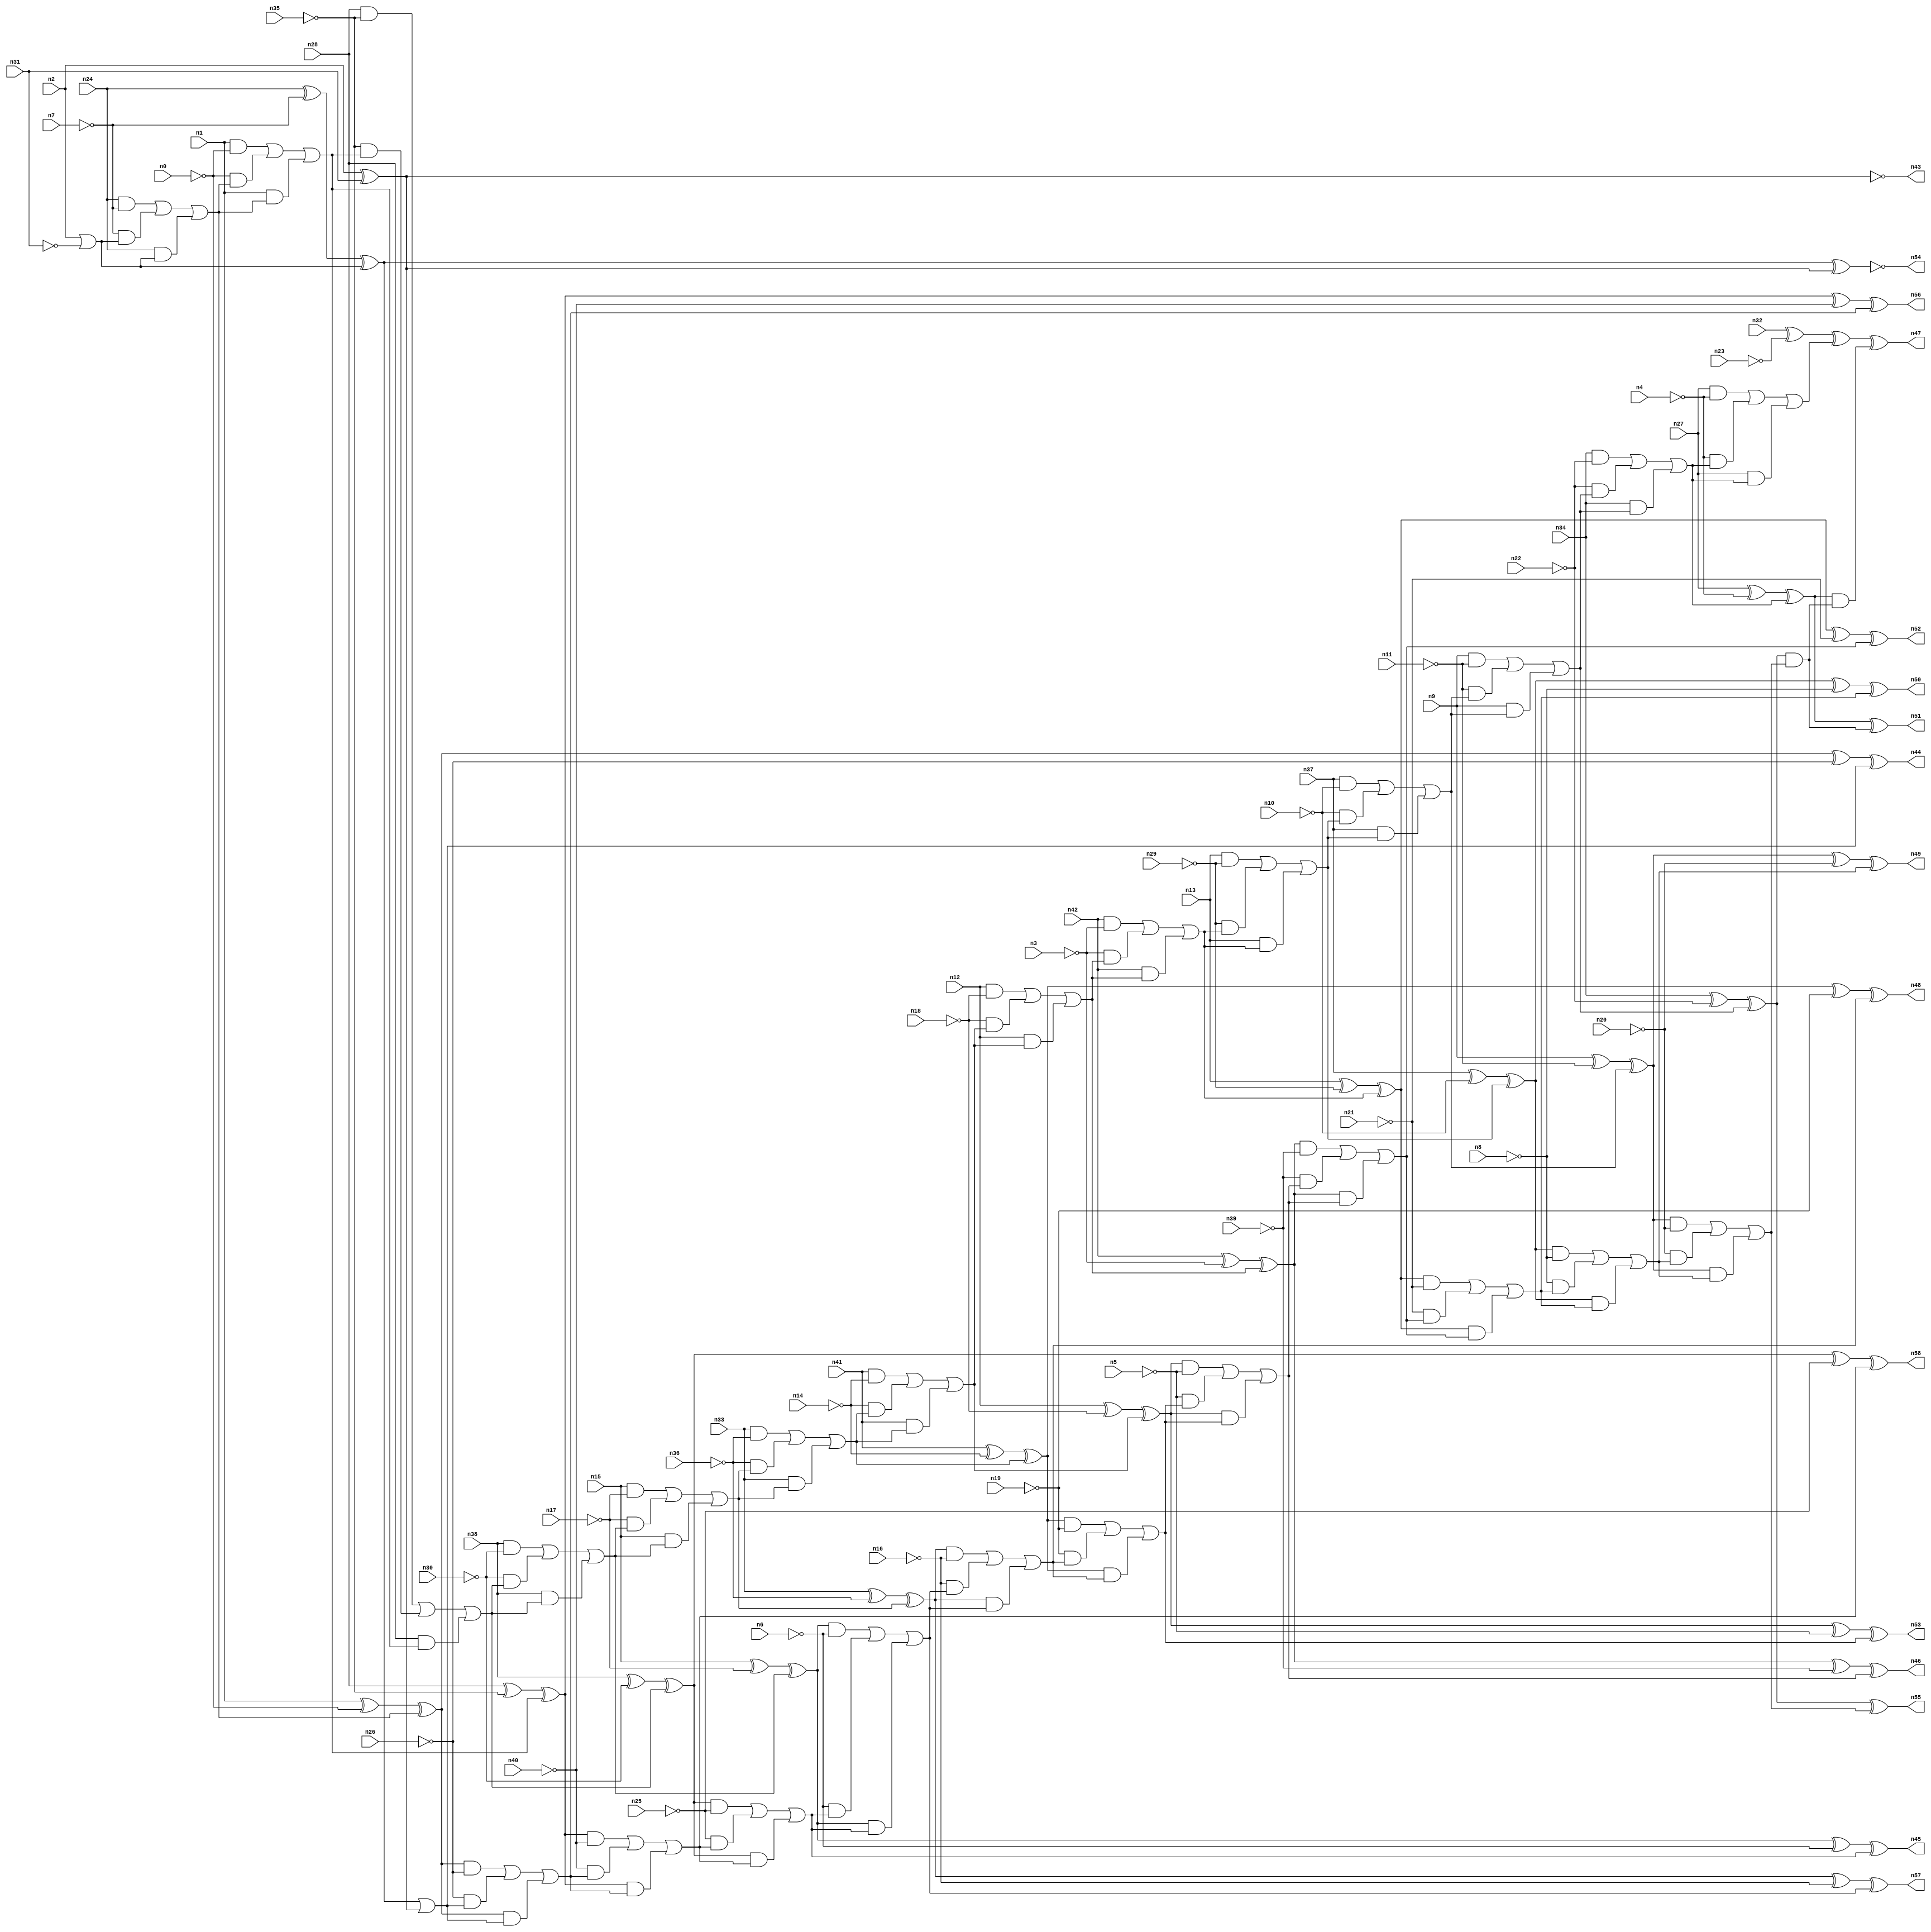
//
// Conformal-LEC Version 15.20-d227 ( 10-Mar-2016) ( 64 bit executable)
//
module top ( n0 , n1 , n2 , n3 , n4 , n5 , n6 , n7 , n8 , n9 , n10 , n11 , n12 , n13 , n14 , n15 , n16 , n17 , n18 , n19 , n20 , n21 , n22 , n23 , n24 , n25 , n26 , n27 , n28 , n29 , n30 , n31 , n32 , n33 , n34 , n35 , n36 , n37 , n38 , n39 , n40 , n41 , n42 , n43 , n44 , n45 , n46 , n47 , n48 , n49 , n50 , n51 , n52 , n53 , n54 , n55 , n56 , n57 , n58 );
input n0 , n1 , n2 , n3 , n4 , n5 , n6 , n7 , n8 , n9 , n10 , n11 , n12 , n13 , n14 , n15 , n16 , n17 , n18 , n19 , n20 , n21 , n22 , n23 , n24 , n25 , n26 , n27 , n28 , n29 , n30 , n31 , n32 , n33 , n34 , n35 , n36 , n37 , n38 , n39 , n40 , n41 , n42 ;
output n43 , n44 , n45 , n46 , n47 , n48 , n49 , n50 , n51 , n52 , n53 , n54 , n55 , n56 , n57 , n58 ;

wire n118 , n119 , n120 , n121 , n122 , n123 , n124 , n125 , n126 , 
     n127 , n128 , n129 , n130 , n131 , n132 , n133 , n134 , n135 , n136 , 
     n137 , n138 , n139 , n140 , n141 , n142 , n143 , n144 , n145 , n146 , 
     n147 , n148 , n149 , n150 , n151 , n152 , n153 , n154 , n155 , n156 , 
     n157 , n158 , n159 , n160 , n161 , n162 , n163 , n164 , n165 , n166 , 
     n167 , n168 , n169 , n170 , n171 , n172 , n173 , n174 , n175 , n176 , 
     n177 , n178 , n179 , n180 , n181 , n182 , n183 , n184 , n185 , n186 , 
     n187 , n188 , n189 , n190 , n191 , n192 , n193 , n194 , n195 , n196 , 
     n197 , n198 , n199 , n200 , n201 , n202 , n203 , n204 , n205 , n206 , 
     n207 , n208 , n209 , n210 , n211 , n212 , n213 , n214 , n215 , n216 , 
     n217 , n218 , n219 , n220 , n221 , n222 , n223 , n224 , n225 , n226 , 
     n227 , n228 , n229 , n230 , n231 , n232 , n233 , n234 , n235 , n236 , 
     n237 , n238 , n239 , n240 , n241 , n242 , n243 , n244 , n245 , n246 , 
     n247 , n248 , n249 , n250 , n251 , n252 , n253 , n254 , n255 , n256 , 
     n257 , n258 , n259 , n260 , n261 , n262 , n263 , n264 , n265 , n266 , 
     n267 , n268 , n269 , n270 , n271 , n272 , n273 , n274 , n275 , n276 , 
     n277 , n278 , n279 , n280 , n281 , n282 , n283 , n284 , n285 , n286 , 
     n287 , n288 , n289 , n290 , n291 , n292 , n293 , n294 , n295 , n296 , 
     n297 , n298 , n299 , n300 , n301 , n302 , n303 , n304 , n305 , n306 , 
     n307 , n308 , n309 , n310 , n311 , n312 , n313 , n314 , n315 , n316 , 
     n317 , n318 , n319 , n320 , n321 , n322 , n323 , n324 , n325 , n326 , 
     n327 , n328 , n329 , n330 , n331 , n332 , n333 , n334 , n335 , n336 , 
     n337 , n338 , n339 , n340 , n341 , n342 , n343 , n344 , n345 , n346 , 
     n347 , n348 , n349 , n350 , n351 , n352 , n353 , n354 , n355 , n356 , 
     n357 , n358 , n359 , n360 , n361 , n362 , n363 , n364 , n365 , n366 , 
     n367 , n368 , n369 , n370 , n371 , n372 , n373 , n374 , n375 , n376 , 
     n377 , n378 , n379 , n380 , n381 , n382 , n383 , n384 , n385 , n386 , 
     n387 , n388 , n389 , n390 , n391 , n392 , n393 , n394 , n395 , n396 , 
     n397 , n398 , n399 , n400 , n401 , n402 , n403 , n404 , n405 , n406 , 
     n407 , n408 , n409 , n410 , n411 , n412 , n413 , n414 , n415 , n416 , 
     n417 , n418 , n419 , n420 , n421 , n422 , n423 , n424 , n425 , n426 , 
     n427 , n428 , n429 , n430 , n431 , n432 , n433 , n434 , n435 , n436 , 
     n437 , n438 , n439 , n440 , n441 , n442 , n443 , n444 , n445 , n446 , 
     n447 , n448 , n449 , n450 , n451 , n452 , n453 , n454 , n455 , n456 , 
     n457 , n458 ;
buf ( n47 , n402 );
buf ( n51 , n405 );
buf ( n55 , n408 );
buf ( n49 , n412 );
buf ( n50 , n416 );
buf ( n52 , n420 );
buf ( n46 , n424 );
buf ( n53 , n428 );
buf ( n48 , n432 );
buf ( n57 , n436 );
buf ( n45 , n440 );
buf ( n58 , n444 );
buf ( n56 , n448 );
buf ( n44 , n452 );
buf ( n54 , n455 );
buf ( n43 , n458 );
buf ( n120 , n32 );
buf ( n121 , n27 );
buf ( n122 , n34 );
buf ( n123 , n9 );
buf ( n124 , n37 );
buf ( n125 , n13 );
buf ( n126 , n42 );
buf ( n127 , n12 );
buf ( n128 , n41 );
buf ( n129 , n33 );
buf ( n130 , n15 );
buf ( n131 , n38 );
buf ( n132 , n28 );
buf ( n133 , n1 );
buf ( n134 , n24 );
buf ( n135 , n2 );
buf ( n136 , n23 );
buf ( n137 , n4 );
buf ( n138 , n22 );
buf ( n139 , n11 );
buf ( n140 , n10 );
buf ( n141 , n29 );
buf ( n142 , n3 );
buf ( n143 , n18 );
buf ( n144 , n14 );
buf ( n145 , n36 );
buf ( n146 , n17 );
buf ( n147 , n30 );
buf ( n148 , n35 );
buf ( n149 , n0 );
buf ( n150 , n7 );
buf ( n151 , n31 );
buf ( n152 , n20 );
buf ( n153 , n8 );
buf ( n154 , n21 );
buf ( n155 , n39 );
buf ( n156 , n5 );
buf ( n157 , n19 );
buf ( n158 , n16 );
buf ( n159 , n6 );
buf ( n160 , n25 );
buf ( n161 , n40 );
buf ( n162 , n26 );
buf ( n163 , n120 );
buf ( n164 , n136 );
not ( n165 , n164 );
xor ( n166 , n163 , n165 );
buf ( n167 , n121 );
buf ( n168 , n137 );
not ( n169 , n168 );
and ( n170 , n167 , n169 );
buf ( n171 , n122 );
buf ( n172 , n138 );
not ( n173 , n172 );
and ( n174 , n171 , n173 );
buf ( n175 , n123 );
buf ( n176 , n139 );
not ( n177 , n176 );
and ( n178 , n175 , n177 );
buf ( n179 , n124 );
buf ( n180 , n140 );
not ( n181 , n180 );
and ( n182 , n179 , n181 );
buf ( n183 , n125 );
buf ( n184 , n141 );
not ( n185 , n184 );
and ( n186 , n183 , n185 );
buf ( n187 , n126 );
buf ( n188 , n142 );
not ( n189 , n188 );
and ( n190 , n187 , n189 );
buf ( n191 , n127 );
buf ( n192 , n143 );
not ( n193 , n192 );
and ( n194 , n191 , n193 );
buf ( n195 , n128 );
buf ( n196 , n144 );
not ( n197 , n196 );
and ( n198 , n195 , n197 );
buf ( n199 , n129 );
buf ( n200 , n145 );
not ( n201 , n200 );
and ( n202 , n199 , n201 );
buf ( n203 , n130 );
buf ( n204 , n146 );
not ( n205 , n204 );
and ( n206 , n203 , n205 );
buf ( n207 , n131 );
buf ( n208 , n147 );
not ( n209 , n208 );
and ( n210 , n207 , n209 );
buf ( n211 , n132 );
buf ( n212 , n148 );
not ( n213 , n212 );
and ( n214 , n211 , n213 );
buf ( n215 , n133 );
buf ( n216 , n149 );
not ( n217 , n216 );
and ( n218 , n215 , n217 );
buf ( n219 , n134 );
buf ( n220 , n150 );
not ( n221 , n220 );
and ( n222 , n219 , n221 );
buf ( n223 , n135 );
buf ( n224 , n151 );
not ( n225 , n224 );
or ( n226 , n223 , n225 );
and ( n227 , n221 , n226 );
and ( n228 , n219 , n226 );
or ( n229 , n222 , n227 , n228 );
and ( n230 , n217 , n229 );
and ( n231 , n215 , n229 );
or ( n232 , n218 , n230 , n231 );
and ( n233 , n213 , n232 );
and ( n234 , n211 , n232 );
or ( n235 , n214 , n233 , n234 );
and ( n236 , n209 , n235 );
and ( n237 , n207 , n235 );
or ( n238 , n210 , n236 , n237 );
and ( n239 , n205 , n238 );
and ( n240 , n203 , n238 );
or ( n241 , n206 , n239 , n240 );
and ( n242 , n201 , n241 );
and ( n243 , n199 , n241 );
or ( n244 , n202 , n242 , n243 );
and ( n245 , n197 , n244 );
and ( n246 , n195 , n244 );
or ( n247 , n198 , n245 , n246 );
and ( n248 , n193 , n247 );
and ( n249 , n191 , n247 );
or ( n250 , n194 , n248 , n249 );
and ( n251 , n189 , n250 );
and ( n252 , n187 , n250 );
or ( n253 , n190 , n251 , n252 );
and ( n254 , n185 , n253 );
and ( n255 , n183 , n253 );
or ( n256 , n186 , n254 , n255 );
and ( n257 , n181 , n256 );
and ( n258 , n179 , n256 );
or ( n259 , n182 , n257 , n258 );
and ( n260 , n177 , n259 );
and ( n261 , n175 , n259 );
or ( n262 , n178 , n260 , n261 );
and ( n263 , n173 , n262 );
and ( n264 , n171 , n262 );
or ( n265 , n174 , n263 , n264 );
and ( n266 , n169 , n265 );
and ( n267 , n167 , n265 );
or ( n268 , n170 , n266 , n267 );
xor ( n269 , n166 , n268 );
buf ( n270 , n269 );
buf ( n271 , n270 );
xor ( n272 , n167 , n169 );
xor ( n273 , n272 , n265 );
buf ( n274 , n273 );
buf ( n275 , n274 );
xor ( n276 , n171 , n173 );
xor ( n277 , n276 , n262 );
buf ( n278 , n277 );
buf ( n279 , n278 );
xor ( n280 , n175 , n177 );
xor ( n281 , n280 , n259 );
buf ( n282 , n281 );
buf ( n283 , n282 );
not ( n284 , n152 );
buf ( n285 , n284 );
and ( n286 , n283 , n285 );
xor ( n287 , n179 , n181 );
xor ( n288 , n287 , n256 );
buf ( n289 , n288 );
buf ( n290 , n289 );
not ( n291 , n153 );
buf ( n292 , n291 );
and ( n293 , n290 , n292 );
xor ( n294 , n183 , n185 );
xor ( n295 , n294 , n253 );
buf ( n296 , n295 );
buf ( n297 , n296 );
not ( n298 , n154 );
buf ( n299 , n298 );
and ( n300 , n297 , n299 );
xor ( n301 , n187 , n189 );
xor ( n302 , n301 , n250 );
buf ( n303 , n302 );
buf ( n304 , n303 );
not ( n305 , n155 );
buf ( n306 , n305 );
and ( n307 , n304 , n306 );
xor ( n308 , n191 , n193 );
xor ( n309 , n308 , n247 );
buf ( n310 , n309 );
buf ( n311 , n310 );
not ( n312 , n156 );
buf ( n313 , n312 );
and ( n314 , n311 , n313 );
xor ( n315 , n195 , n197 );
xor ( n316 , n315 , n244 );
buf ( n317 , n316 );
buf ( n318 , n317 );
not ( n319 , n157 );
buf ( n320 , n319 );
and ( n321 , n318 , n320 );
xor ( n322 , n199 , n201 );
xor ( n323 , n322 , n241 );
buf ( n324 , n323 );
buf ( n325 , n324 );
not ( n326 , n158 );
buf ( n327 , n326 );
and ( n328 , n325 , n327 );
xor ( n329 , n203 , n205 );
xor ( n330 , n329 , n238 );
buf ( n331 , n330 );
buf ( n332 , n331 );
not ( n333 , n159 );
buf ( n334 , n333 );
and ( n335 , n332 , n334 );
xor ( n336 , n207 , n209 );
xor ( n337 , n336 , n235 );
buf ( n338 , n337 );
buf ( n339 , n338 );
not ( n340 , n160 );
buf ( n341 , n340 );
and ( n342 , n339 , n341 );
xor ( n343 , n211 , n213 );
xor ( n344 , n343 , n232 );
buf ( n345 , n344 );
buf ( n346 , n345 );
not ( n347 , n161 );
buf ( n348 , n347 );
and ( n349 , n346 , n348 );
xor ( n350 , n215 , n217 );
xor ( n351 , n350 , n229 );
buf ( n352 , n351 );
buf ( n353 , n352 );
not ( n354 , n162 );
buf ( n355 , n354 );
and ( n356 , n353 , n355 );
xor ( n357 , n219 , n221 );
xor ( n358 , n357 , n226 );
buf ( n359 , n358 );
buf ( n360 , n359 );
xor ( n361 , n223 , n224 );
buf ( n362 , n361 );
buf ( n363 , n362 );
or ( n364 , n360 , n363 );
and ( n365 , n355 , n364 );
and ( n366 , n353 , n364 );
or ( n367 , n356 , n365 , n366 );
and ( n368 , n348 , n367 );
and ( n369 , n346 , n367 );
or ( n370 , n349 , n368 , n369 );
and ( n371 , n341 , n370 );
and ( n372 , n339 , n370 );
or ( n373 , n342 , n371 , n372 );
and ( n374 , n334 , n373 );
and ( n375 , n332 , n373 );
or ( n376 , n335 , n374 , n375 );
and ( n377 , n327 , n376 );
and ( n378 , n325 , n376 );
or ( n379 , n328 , n377 , n378 );
and ( n380 , n320 , n379 );
and ( n381 , n318 , n379 );
or ( n382 , n321 , n380 , n381 );
and ( n383 , n313 , n382 );
and ( n384 , n311 , n382 );
or ( n385 , n314 , n383 , n384 );
and ( n386 , n306 , n385 );
and ( n387 , n304 , n385 );
or ( n388 , n307 , n386 , n387 );
and ( n389 , n299 , n388 );
and ( n390 , n297 , n388 );
or ( n391 , n300 , n389 , n390 );
and ( n392 , n292 , n391 );
and ( n393 , n290 , n391 );
or ( n394 , n293 , n392 , n393 );
and ( n395 , n285 , n394 );
and ( n396 , n283 , n394 );
or ( n397 , n286 , n395 , n396 );
and ( n398 , n279 , n397 );
and ( n399 , n275 , n398 );
xor ( n400 , n271 , n399 );
buf ( n401 , n400 );
buf ( n402 , n401 );
xor ( n403 , n275 , n398 );
buf ( n404 , n403 );
buf ( n405 , n404 );
xor ( n406 , n279 , n397 );
buf ( n407 , n406 );
buf ( n408 , n407 );
xor ( n409 , n283 , n285 );
xor ( n410 , n409 , n394 );
buf ( n411 , n410 );
buf ( n412 , n411 );
xor ( n413 , n290 , n292 );
xor ( n414 , n413 , n391 );
buf ( n415 , n414 );
buf ( n416 , n415 );
xor ( n417 , n297 , n299 );
xor ( n418 , n417 , n388 );
buf ( n419 , n418 );
buf ( n420 , n419 );
xor ( n421 , n304 , n306 );
xor ( n422 , n421 , n385 );
buf ( n423 , n422 );
buf ( n424 , n423 );
xor ( n425 , n311 , n313 );
xor ( n426 , n425 , n382 );
buf ( n427 , n426 );
buf ( n428 , n427 );
xor ( n429 , n318 , n320 );
xor ( n430 , n429 , n379 );
buf ( n431 , n430 );
buf ( n432 , n431 );
xor ( n433 , n325 , n327 );
xor ( n434 , n433 , n376 );
buf ( n435 , n434 );
buf ( n436 , n435 );
xor ( n437 , n332 , n334 );
xor ( n438 , n437 , n373 );
buf ( n439 , n438 );
buf ( n440 , n439 );
xor ( n441 , n339 , n341 );
xor ( n442 , n441 , n370 );
buf ( n443 , n442 );
buf ( n444 , n443 );
xor ( n445 , n346 , n348 );
xor ( n446 , n445 , n367 );
buf ( n447 , n446 );
buf ( n448 , n447 );
xor ( n449 , n353 , n355 );
xor ( n450 , n449 , n364 );
buf ( n451 , n450 );
buf ( n452 , n451 );
xnor ( n453 , n360 , n363 );
buf ( n454 , n453 );
buf ( n455 , n454 );
not ( n456 , n363 );
buf ( n457 , n456 );
buf ( n458 , n457 );
endmodule